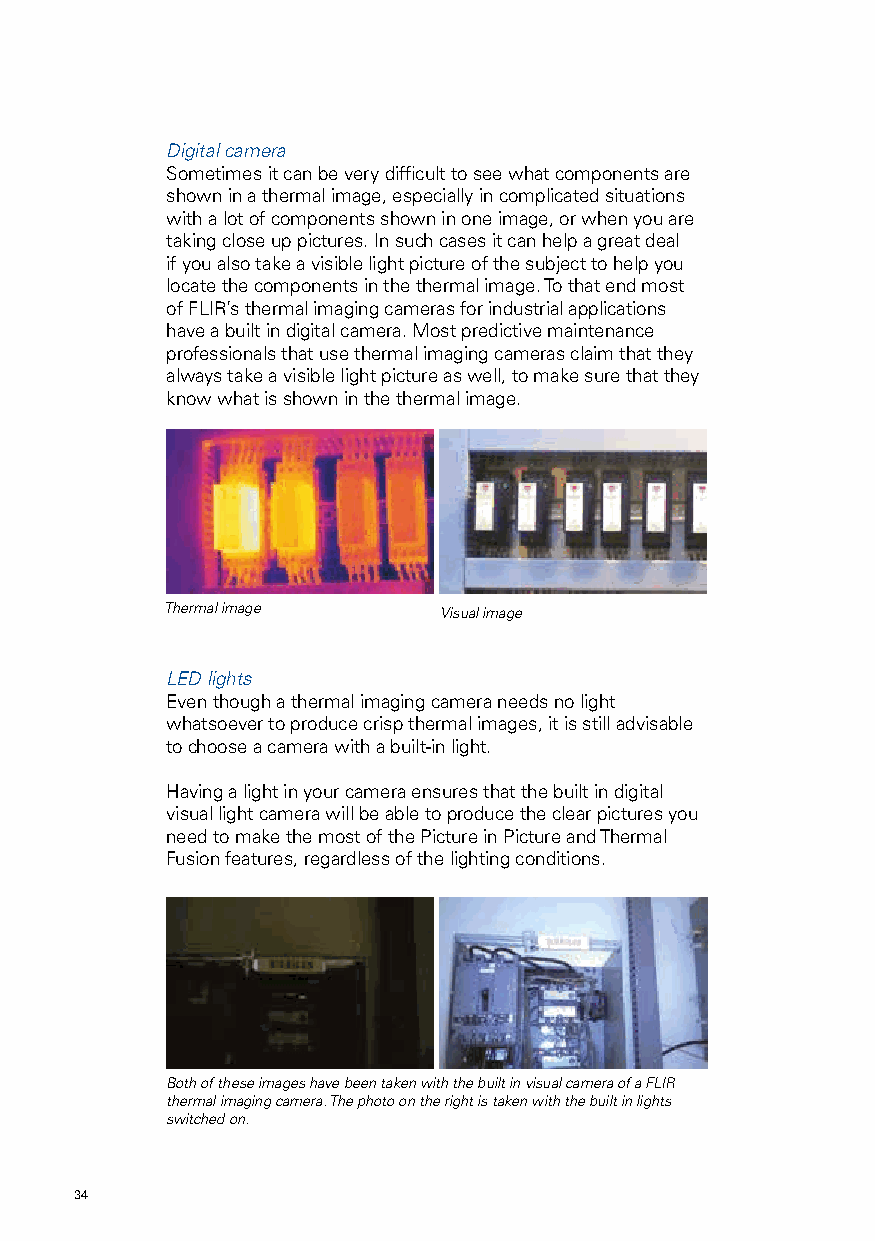
Digital camera
 Sometimes it can be very difficult to see what components are
 shown in a thermal image, especially in complicated situations
 with a lot of components shown in one image, or when you are
 taking close up pictures. In such cases it can help a great deal
 if you also take a visible light picture of the subject to help you
 locate the components in the thermal image. To that end most
 of FLIR’s thermal imaging cameras for industrial applications
 have a built in digital camera. Most predictive maintenance
 professionals that use thermal imaging cameras claim that they
 always take a visible light picture as well, to make sure that they
 know what is shown in the thermal image.
 Thermal image     Visual image
 LED lights
 Even though a thermal imaging camera needs no light
 whatsoever to produce crisp thermal images, it is still advisable
 to choose a camera with a built-in light.
 Having a light in your camera ensures that the built in digital
 visual light camera will be able to produce the clear pictures you
 need to make the most of the Picture in Picture and Thermal
 Fusion features, regardless of the lighting conditions.
 Both of these images have been taken with the built in visual camera of a FLIR
 thermal imaging camera. The photo on the right is taken with the built in lights
 switched on.
 34